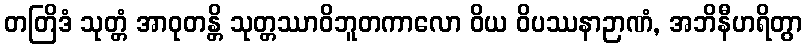
တတြိဒံ သုတ္တံ အာဝုတန္တိ သုတ္တဿာဝိဘူတကာလော ဝိယ ဝိပဿနာဉာဏံ, အဘိနီဟရိတွာ